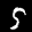
Label: 5